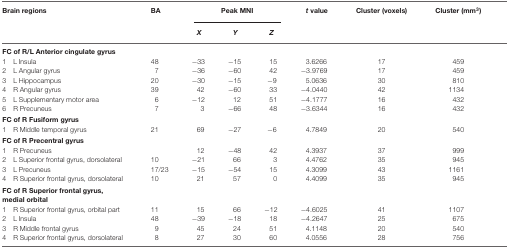
<table><thead><tr><td><b>Brain regions</b></td><td><b>BA</b></td><td colspan="3"><b>Peak MNI</b></td><td><b><i>t</i> value</b></td><td><b>Cluster (voxels)</b></td><td><b>Cluster (mm<sup>3</sup>)</b></td></tr><tr><td></td><td></td><td><b><i>X</i></b></td><td><b><i>Y</i></b></td><td><b><i>Z</i></b></td><td></td><td></td><td></td></tr></thead><tbody><tr><td><b>FC of R/L Anterior cingulate gyrus</b></td></tr><tr><td>1L Insula</td><td>48</td><td>−33</td><td>−15</td><td>15</td><td>3.6266</td><td>17</td><td>459</td></tr><tr><td>2L Angular gyrus</td><td>7</td><td>−36</td><td>−60</td><td>42</td><td>−3.9769</td><td>17</td><td>459</td></tr><tr><td>3L Hippocampus</td><td>20</td><td>−30</td><td>−15</td><td>−9</td><td>5.0636</td><td>30</td><td>810</td></tr><tr><td>4R Angular gyrus</td><td>39</td><td>42</td><td>−60</td><td>33</td><td>−4.0440</td><td>42</td><td>1134</td></tr><tr><td>5L Supplementary motor area</td><td>6</td><td>−12</td><td>12</td><td>51</td><td>−4.1777</td><td>16</td><td>432</td></tr><tr><td>6R Precuneus</td><td>7</td><td>3</td><td>−66</td><td>48</td><td>−3.6344</td><td>16</td><td>432</td></tr><tr><td><b>FC of R Fusiform gyrus</b></td></tr><tr><td>1R Middle temporal gyrus</td><td>21</td><td>69</td><td>−27</td><td>−6</td><td>4.7849</td><td>20</td><td>540</td></tr><tr><td><b>FC of R Precentral gyrus</b></td></tr><tr><td>1R Precuneus</td><td></td><td>12</td><td>−48</td><td>42</td><td>4.3937</td><td>37</td><td>999</td></tr><tr><td>2L Superior frontal gyrus, dorsolateral</td><td>10</td><td>−21</td><td>66</td><td>3</td><td>4.4762</td><td>35</td><td>945</td></tr><tr><td>3L Precuneus</td><td>17/23</td><td>−15</td><td>−54</td><td>15</td><td>4.3099</td><td>43</td><td>1161</td></tr><tr><td>4R Superior frontal gyrus, dorsolateral</td><td>10</td><td>21</td><td>57</td><td>0</td><td>4.4099</td><td>35</td><td>945</td></tr><tr><td><b>FC of R Superior frontal gyrus, medial orbital</b></td></tr><tr><td>1R Superior frontal gyrus, orbital part</td><td>11</td><td>15</td><td>66</td><td>−12</td><td>−4.6025</td><td>41</td><td>1107</td></tr><tr><td>2L Insula</td><td>48</td><td>−39</td><td>−18</td><td>18</td><td>−4.2647</td><td>25</td><td>675</td></tr><tr><td>3R Middle frontal gyrus</td><td>9</td><td>45</td><td>24</td><td>51</td><td>4.1148</td><td>20</td><td>540</td></tr><tr><td>4R Superior frontal gyrus, dorsolateral</td><td>8</td><td>27</td><td>30</td><td>60</td><td>4.0556</td><td>28</td><td>756</td></tr></tbody></table>